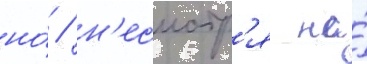
но́ / н'есмотр'я на́